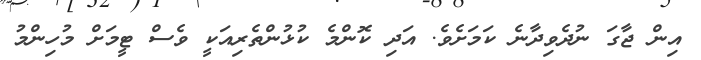
އިން ޖާގަ ނުދެވިދާނެ ކަމަށެވެ. އަދި ކޮންމެ ކުޅުންތެރިއަކީ ވެސް ޓީމަށް މުހިންމު